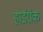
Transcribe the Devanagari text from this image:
हार्डरॉक